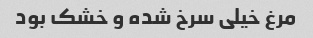
مرغ خیلی سرخ شده و خشک بود